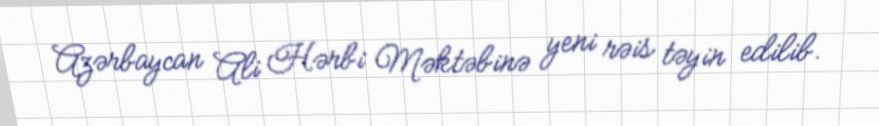
Azərbaycan Ali Hərbi Məktəbinə yeni rəis təyin edilib.